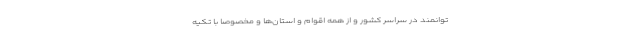
توانمند در سراسر کشور و از همه اقوام و استان‌ها و مخصوصاً با تکیه